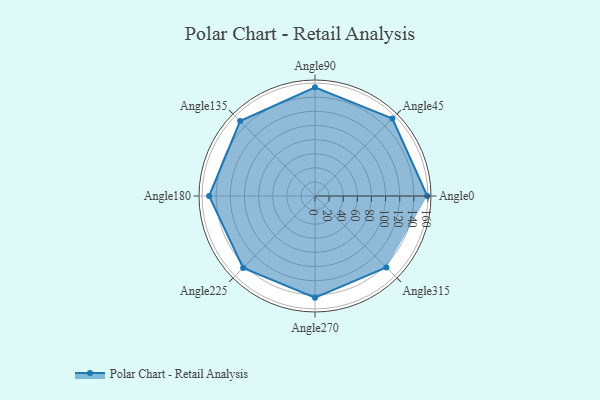
{"axis": {"x": "Angle", "y": "Radius"}, "legend": [""], "data": [{"x": "Angle0", "y": 159.0, "type": ""}, {"x": "Angle45", "y": 155.0, "type": ""}, {"x": "Angle90", "y": 154.0, "type": ""}, {"x": "Angle135", "y": 150.0, "type": ""}, {"x": "Angle180", "y": 150.0, "type": ""}, {"x": "Angle225", "y": 144.0, "type": ""}, {"x": "Angle270", "y": 144.0, "type": ""}, {"x": "Angle315", "y": 143.0, "type": ""}]}